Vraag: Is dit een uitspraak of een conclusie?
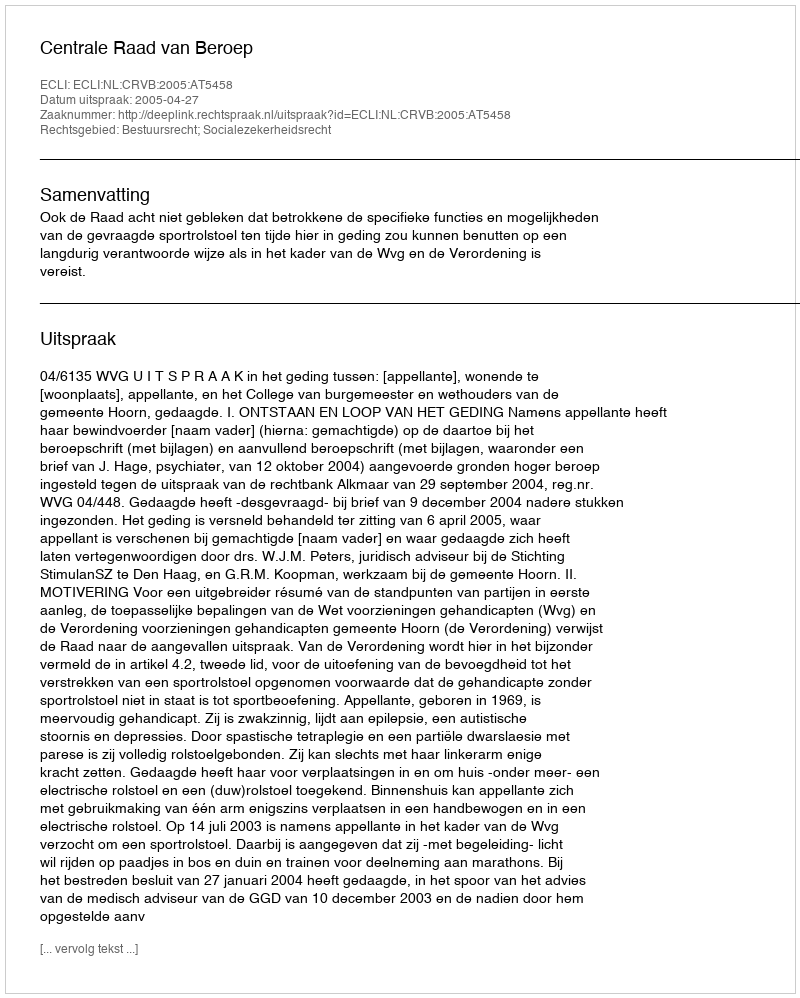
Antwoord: Uitspraak